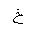
Letter: _kha